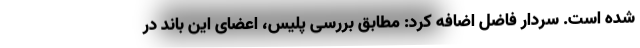
شده است. سردار فاضل اضافه کرد: مطابق بررسی پلیس، اعضای این باند در